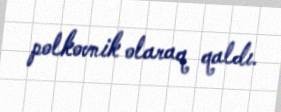
polkovnik olaraq qaldı.